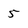
Character: 5